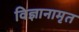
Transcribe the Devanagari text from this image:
विज्ञानामृत